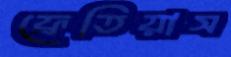
ফ্রেতিয়াস